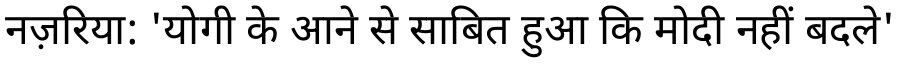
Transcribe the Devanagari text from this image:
नज़रिया: 'योगी के आने से साबित हुआ कि मोदी नहीं बदले'